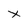
Character: x